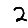
Digit: 2